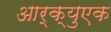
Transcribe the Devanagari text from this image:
आर्क्युएक